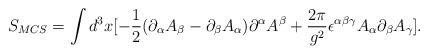
LaTeX: \begin{align*}S_{MCS}=\int d^{3}x[-\frac{1}{2}(\partial_{\alpha}A_{\beta}-\partial_{\beta}A_{\alpha})\partial^{\alpha}A^{\beta}+\frac{2\pi}{g^2}\epsilon^{\alpha\beta\gamma}A_{\alpha}\partial_{\beta}A_{\gamma}].\end{align*}